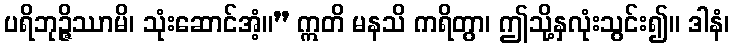
ပရိဘုဉ္ဇိဿာမိ၊ သုံးဆောင်အံ့။” ဣတိ မနသိ ကရိတွာ၊ ဤသို့နှလုံးသွင်း၍။ ဒါနံ၊